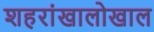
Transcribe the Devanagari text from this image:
शहरांखालोखाल